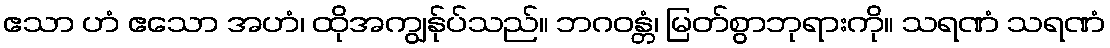
ဧသာ ဟံ ဧသော အဟံ၊ ထိုအကျွန်ုပ်သည်။ ဘဂဝန္တံ၊ မြတ်စွာဘုရားကို။ သရဏံ သရဏံ